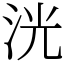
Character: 洸